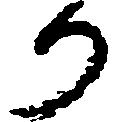
り